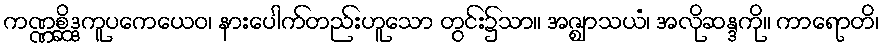
ကဏ္ဏစ္ဆိဒ္ဒကူပကေယေဝ၊ နားပေါက်တည်းဟူသော တွင်း၌သာ။ အဇ္ဈာသယံ၊ အလိုဆန္ဒကို။ ကာရောတိ၊